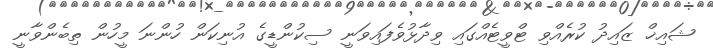
ޝައިޚް ޒައިދު ކުރެއްވި ޓްވީޓެއްގައި ވިދާޅުވެފައިވަނީ ސިކުންޑީގެ އުނިކަން ހުންނަ މީހުން ތިބެންވާނީ